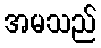
အမသည်